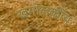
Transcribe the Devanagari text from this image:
खगोलकीय